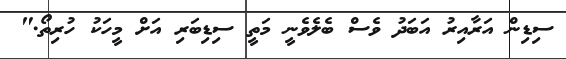
ސިޑިން އަރާއިރު އަބަދު ވެސް ބެލެވެނީ މަތީ ސިޑިބަރި އަށް މީހަކު ހުރިތޯ."